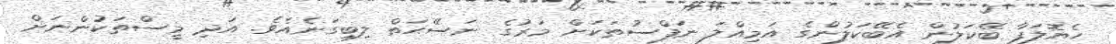
ހެޔޮލަފާ ބޭކަލުން އެބޭކަލުންގެ އަމިއްލަ ނަފްސުތަކަށް މަރުގެ ނަސޭޙަތް ލިބިގަނެއެވެ. އަދި މީސްތަކުންނަށް